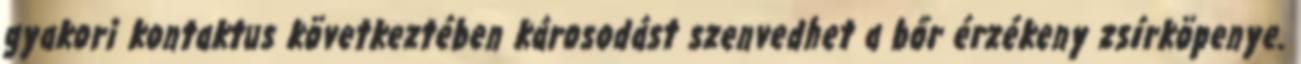
gyakori kontaktus következtében károsodást szenvedhet a bőr érzékeny zsírköpenye.